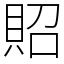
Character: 𧵓